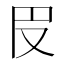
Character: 𠬩